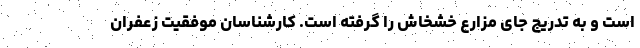
است و به تدریج جای مزارع خشخاش را گرفته است. کارشناسان موفقیت زعفران